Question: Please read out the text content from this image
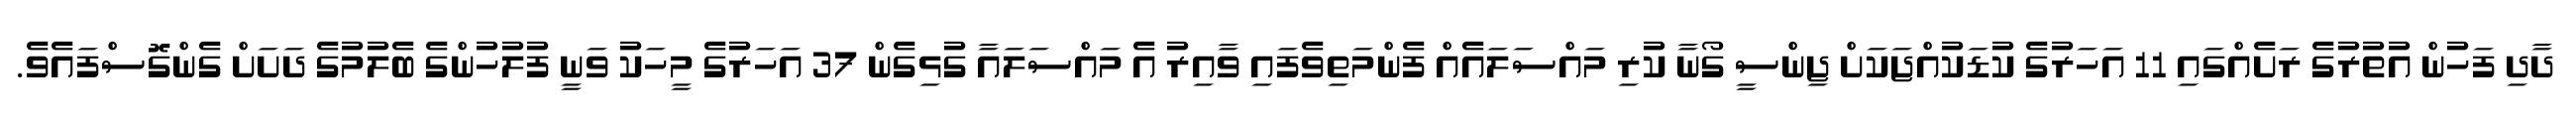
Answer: ދާދި ފަހުން އުތުރުގެ ރަށެއްގައި 11 އަހަރުގެ ކުޑަކުއްޖަކަށް ޖިންސީ ގޯނާ ކުރި މައްސަލައެއް ފެންމަތިވެފައި ވާއިރު އެ މައްސަލައާ ގުޅިގެން 37 އަހަރުގެ މީހަކު ވަނީ ފުލުހުންގެ ބެލުމުގެ ދަށަށް ގެންގޮސްފައެވެ.